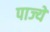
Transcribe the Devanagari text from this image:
पाज्ये